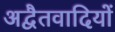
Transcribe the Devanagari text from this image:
अद्वैतवादियों